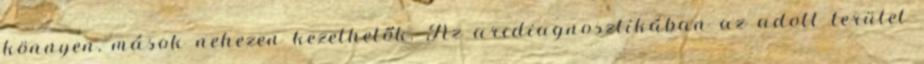
könnyen, mások nehezen kezelhetők. Az arcdiagnosztikában az adott terület